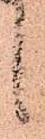
候